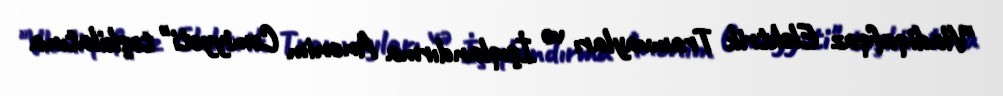
"Vladiqafqaz Elektrik Tramvayları və İşıqlandırma Anonim Cəmiyyəti" təşkilatına